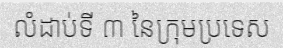
លំដាប់ទី ៣ នៃក្រុមប្រទេស